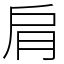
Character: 肩